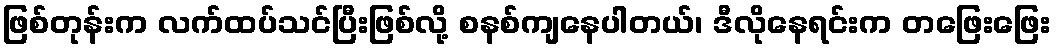
ဖြစ်တုန်းက လက်ထပ်သင်ပြီးဖြစ်လို့ စနစ်ကျနေပါတယ်၊ ဒီလိုနေရင်းက တဖြေးဖြေး